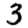
Digit: 3